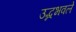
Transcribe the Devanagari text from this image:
उद्भभवले